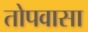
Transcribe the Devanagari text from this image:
तोपवासा